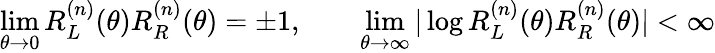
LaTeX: \operatorname*{lim}_{\theta\to 0}R_{L}^{(n)}(\theta)R_{R}^{(n)}(\theta)=\pm 1,\qquad\operatorname*{lim}_{\theta\to\infty}\vert\log R_{L}^{(n)}(\theta)R_{R}^{(n)}(\theta)\vert<\infty